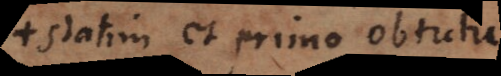
statim et primo obtutu